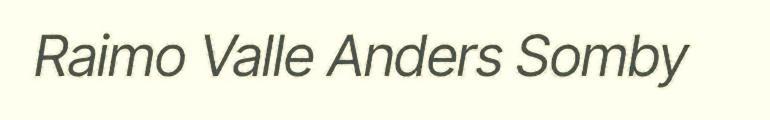
Raimo Valle Anders Somby